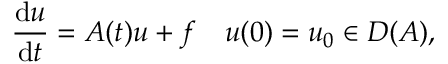
{ \frac { \mathrm { d } u } { \mathrm { d } t } } = A ( t ) u + f \quad u ( 0 ) = u _ { 0 } \in D ( A ) ,